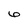
Character: 6